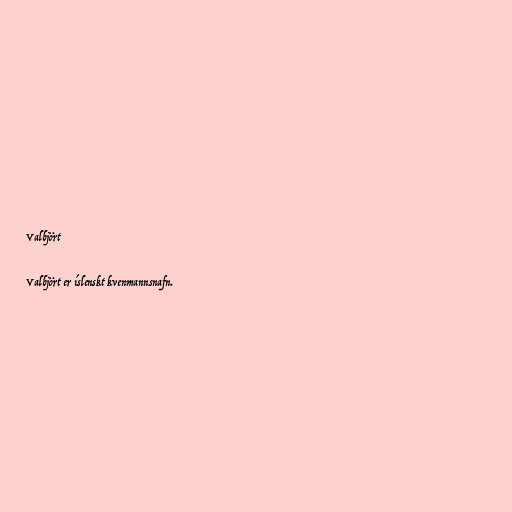
Valbjört

Valbjört er íslenskt kvenmannsnafn.